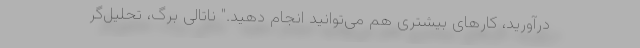
درآورید، کارهای بیشتری هم می‌توانید انجام دهید." ناتالی برگ، تحلیل‌گر